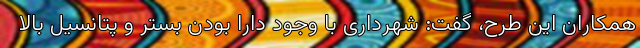
همکاران این طرح، گفت: شهرداری‌ با وجود دارا بودن بستر و پتانسیل بالا